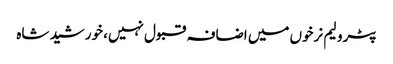
پٹرولیم نرخوں میں اضافہ قبول نہیں، خورشید شاہ